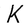
Character: K